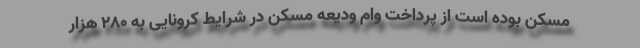
مسکن بوده است از پرداخت وام ودیعه مسکن در شرایط کرونایی به ۲۸۰ هزار